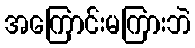
အကြောင်းမကြားဘဲ